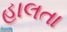
હાલતા